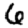
Digit: 6